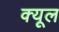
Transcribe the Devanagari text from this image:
क्यूल